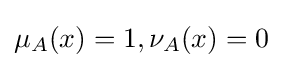
\mu _{A}(x)=1,\nu _{A}(x)=0